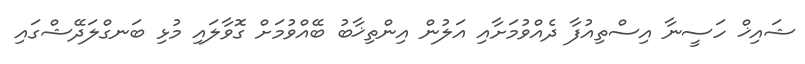
ޝައިޚް ހަސީނާ އިސްތިއުފާ ދެއްވުމަށާއި އަލުން އިންތިޚާބު ބޭއްވުމަށް ގޮވާލައި މުޅި ބަނގްލަދޭޝްގައި